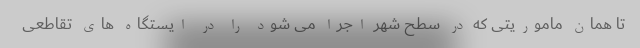
تا همان ماموریتی که در سطح شهر اجرا می شود را در ایستگاه های تقاطعی